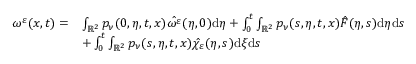
\begin{array} { r l } { \omega ^ { \varepsilon } ( x , t ) = } & { \int _ { \mathbb { R } ^ { 2 } } p _ { \nu } ( 0 , \eta , t , x ) \hat { \omega ^ { \varepsilon } } ( \eta , 0 ) \mathrm { d } \eta + \int _ { 0 } ^ { t } \int _ { \mathbb { R } ^ { 2 } } p _ { \nu } ( s , \eta , t , x ) \hat { F } ( \eta , s ) \mathrm { d } \eta \mathrm { d } s } \\ & { + \int _ { 0 } ^ { t } \int _ { \mathbb { R } ^ { 2 } } p _ { \nu } ( s , \eta , t , x ) \hat { \chi _ { \varepsilon } } ( \eta , s ) \mathrm { d } \xi \mathrm { d } s } \end{array}